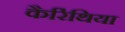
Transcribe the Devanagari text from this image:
कैरिंथिया